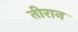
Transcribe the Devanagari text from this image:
तीरान